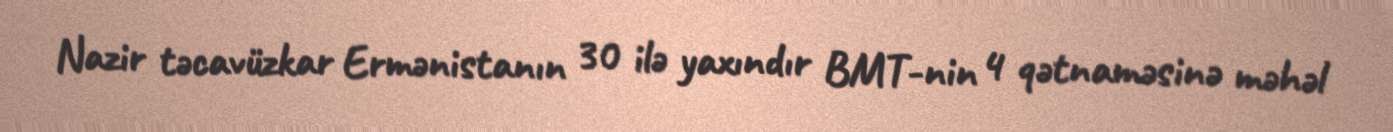
Nazir təcavüzkar Ermənistanın 30 ilə yaxındır BMT-nin 4 qətnaməsinə məhəl